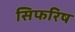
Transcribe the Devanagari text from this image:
सिफरिष